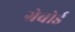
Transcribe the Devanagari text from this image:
ग्रेबोर्ड